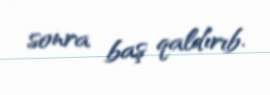
sonra baş qaldırıb.